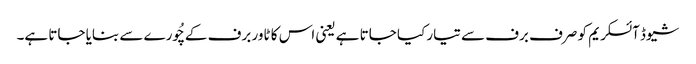
شیوڈ آئسکریم کو صرف برف سے تیار کیا جاتا ہے یعنی اس کا ٹاور برف کے چُورے سے بنایا جاتا ہے۔